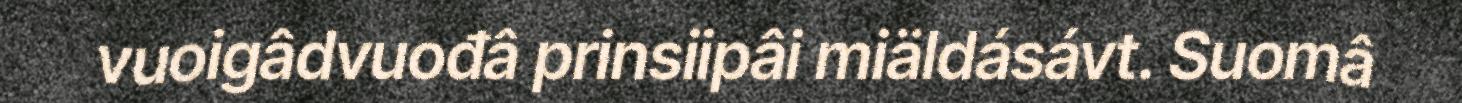
vuoigâdvuođâ prinsiipâi miäldásávt. Suomâ